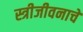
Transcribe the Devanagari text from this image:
स्त्रीजीवनाचे